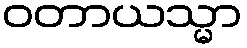
ဝတာယသ္မာ